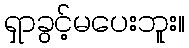
ရှာခွင့်မပေးဘူး။